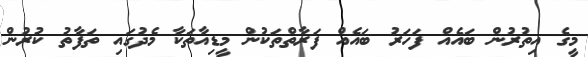
މީގެ އިތުރުން ބައެއް ފަހަރު ބައެއް ފަރާތްތަކުން މީޑިއާތަކާ މެދުގައި ތަފާތު ކުރުން